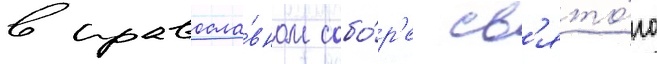
в правосла́вном собо́р'е св'ято́го